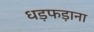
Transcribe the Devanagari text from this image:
धड़फड़ाना